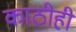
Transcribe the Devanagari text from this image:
काठीही